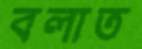
বলাত